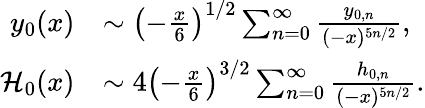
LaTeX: \begin{array}{rl}{y_{0}(x)}&{\sim\left(-\frac{x}{6}\right)^{1/2}\sum_{n=0}^{\infty}\frac{y_{0,n}}{(-x)^{5n/2}},}\\ {\mathcal{H}_{0}(x)}&{\sim 4\left(-\frac{x}{6}\right)^{3/2}\sum_{n=0}^{\infty}\frac{h_{0,n}}{(-x)^{5n/2}}.}\end{array}